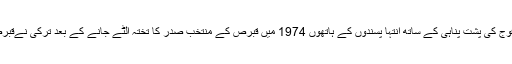
یونان میں اقتدار پر قابض فوج کی پشت پناہی کے ساتھ انتہا پسندوں کے ہاتھوں 1974 میں قبرص کے منتخب صدر کا تختہ الٹے جانے کے بعد ترکی نےقبرص میں اپنی فوجیں اتاریں ۔